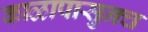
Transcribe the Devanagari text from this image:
काळापासुनच